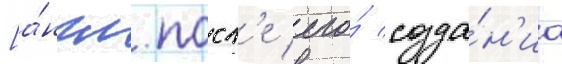
[а́нгл. посл'е его́ созда́н'иа